Plague in India, 1896, 1897 - Volume 1
Year: 1896
Disease focus: Plague
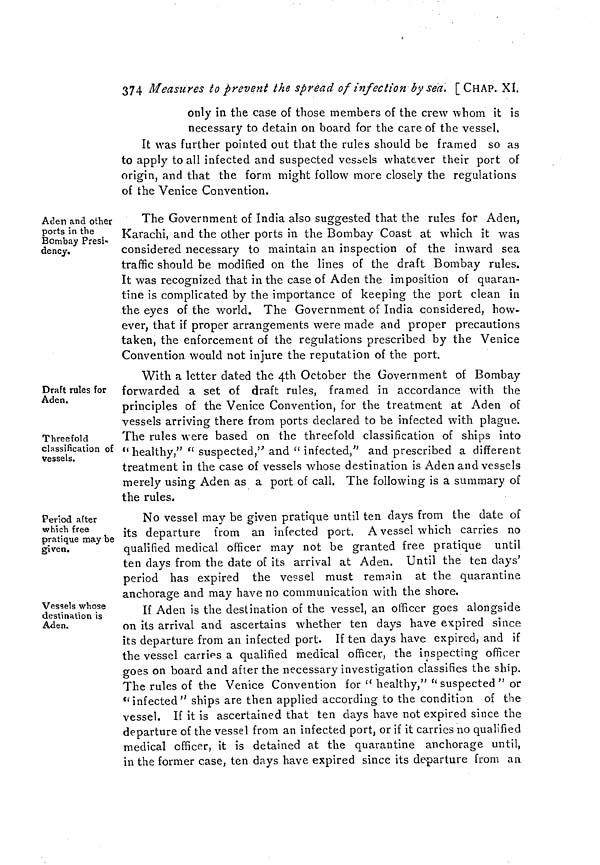
374 Measures to prevent the spread of infection by sea. [CHAP. XI.
only in the case of those members of the crew whom it is
necessary to detain on board for the care of the vessel,
It was further pointed out that the rules should be framed so as
to apply to all infected and suspected vessels whatever their port of
origin, and that the form might follow more closely the regulations
of the Venice Convention.
Aden and other
ports in the
Bombay Presi-
dency.
The Government of India also suggested that the rules for Aden,
Karachi, and the other ports in the Bombay Coast at which it was
considered necessary to maintain an inspection of the inward sea
traffic should be modified on the lines of the draft Bombay rules.
It was recognized that in the case of Aden the imposition of quaran-
tine is complicated by the importance of keeping the port clean in
the eyes of the world. The Government of India considered, how-
ever, that if proper arrangements were made and proper precautions
taken, the enforcement of the regulations prescribed by the Venice
Convention would not injure the reputation of the port.
Draft rules for
Aden.
Threefold
classification of
vessels.
With a letter dated the 4th October the Government of Bombay
forwarded a set of draft rules, framed in accordance with the
principles of the Venice Convention, for the treatment at Aden of
vessels arriving there from ports declared to be infected with plague.
The rules were based on the threefold classification of ships into
"healthy," " suspected," and "infected," and prescribed a different
treatment in the case of vessels whose destination is Aden and vessels
merely using Aden as a port of call. The following is a summary of
the rules.
Period after
which free
pratique may be
given.
No vessel may be given pratique until ten days from the date of
its departure from an infected port. A vessel which carries no
qualified medical officer may not be granted free pratique until
ten days from the date of its arrival at Aden. Until the ten days'
period has expired the vessel must remain at the quarantine
anchorage and may have no communication with the shore.
Vessels whose
destination is
Aden.
If Aden is the destination of the vessel, an officer goes alongside
on its arrival and ascertains whether ten days have expired since
its departure from an infected port. If ten days have expired, and if
the vessel carries a qualified medical officer, the inspecting officer
goes on board and after the necessary investigation classifies the ship.
The rules of the Venice Convention for " healthy," " suspected " or
''infected" ships are then applied according to the condition of the
vessel. If it is ascertained that ten days have not expired since the
departure of the vessel from an infected port, or if it carries no qualified
medical officer, it is detained at the quarantine anchorage until,
in the former case, ten days have expired since its de-parture from an